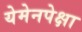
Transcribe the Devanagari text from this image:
येमेनपेक्षा